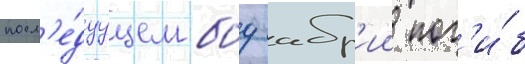
посл'е́дуущем боу абр'ии пог'и́б